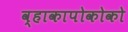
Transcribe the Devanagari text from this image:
व्हाकापोकोको